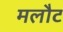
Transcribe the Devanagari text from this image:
मलौट